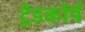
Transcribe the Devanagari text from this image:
ट्रेडकॉर्प